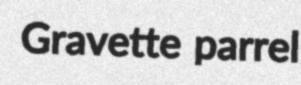
Gravette parrel